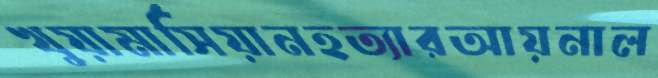
খুয়ামার্সিয়ানহত্যারআয়নাল